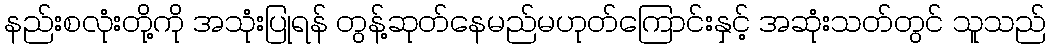
နည်းစလုံးတို့ကို အသုံးပြုရန် တွန့်ဆုတ်နေမည်မဟုတ်ကြောင်းနှင့် အဆုံးသတ်တွင် သူသည်